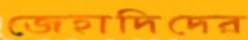
জেহাদিদের